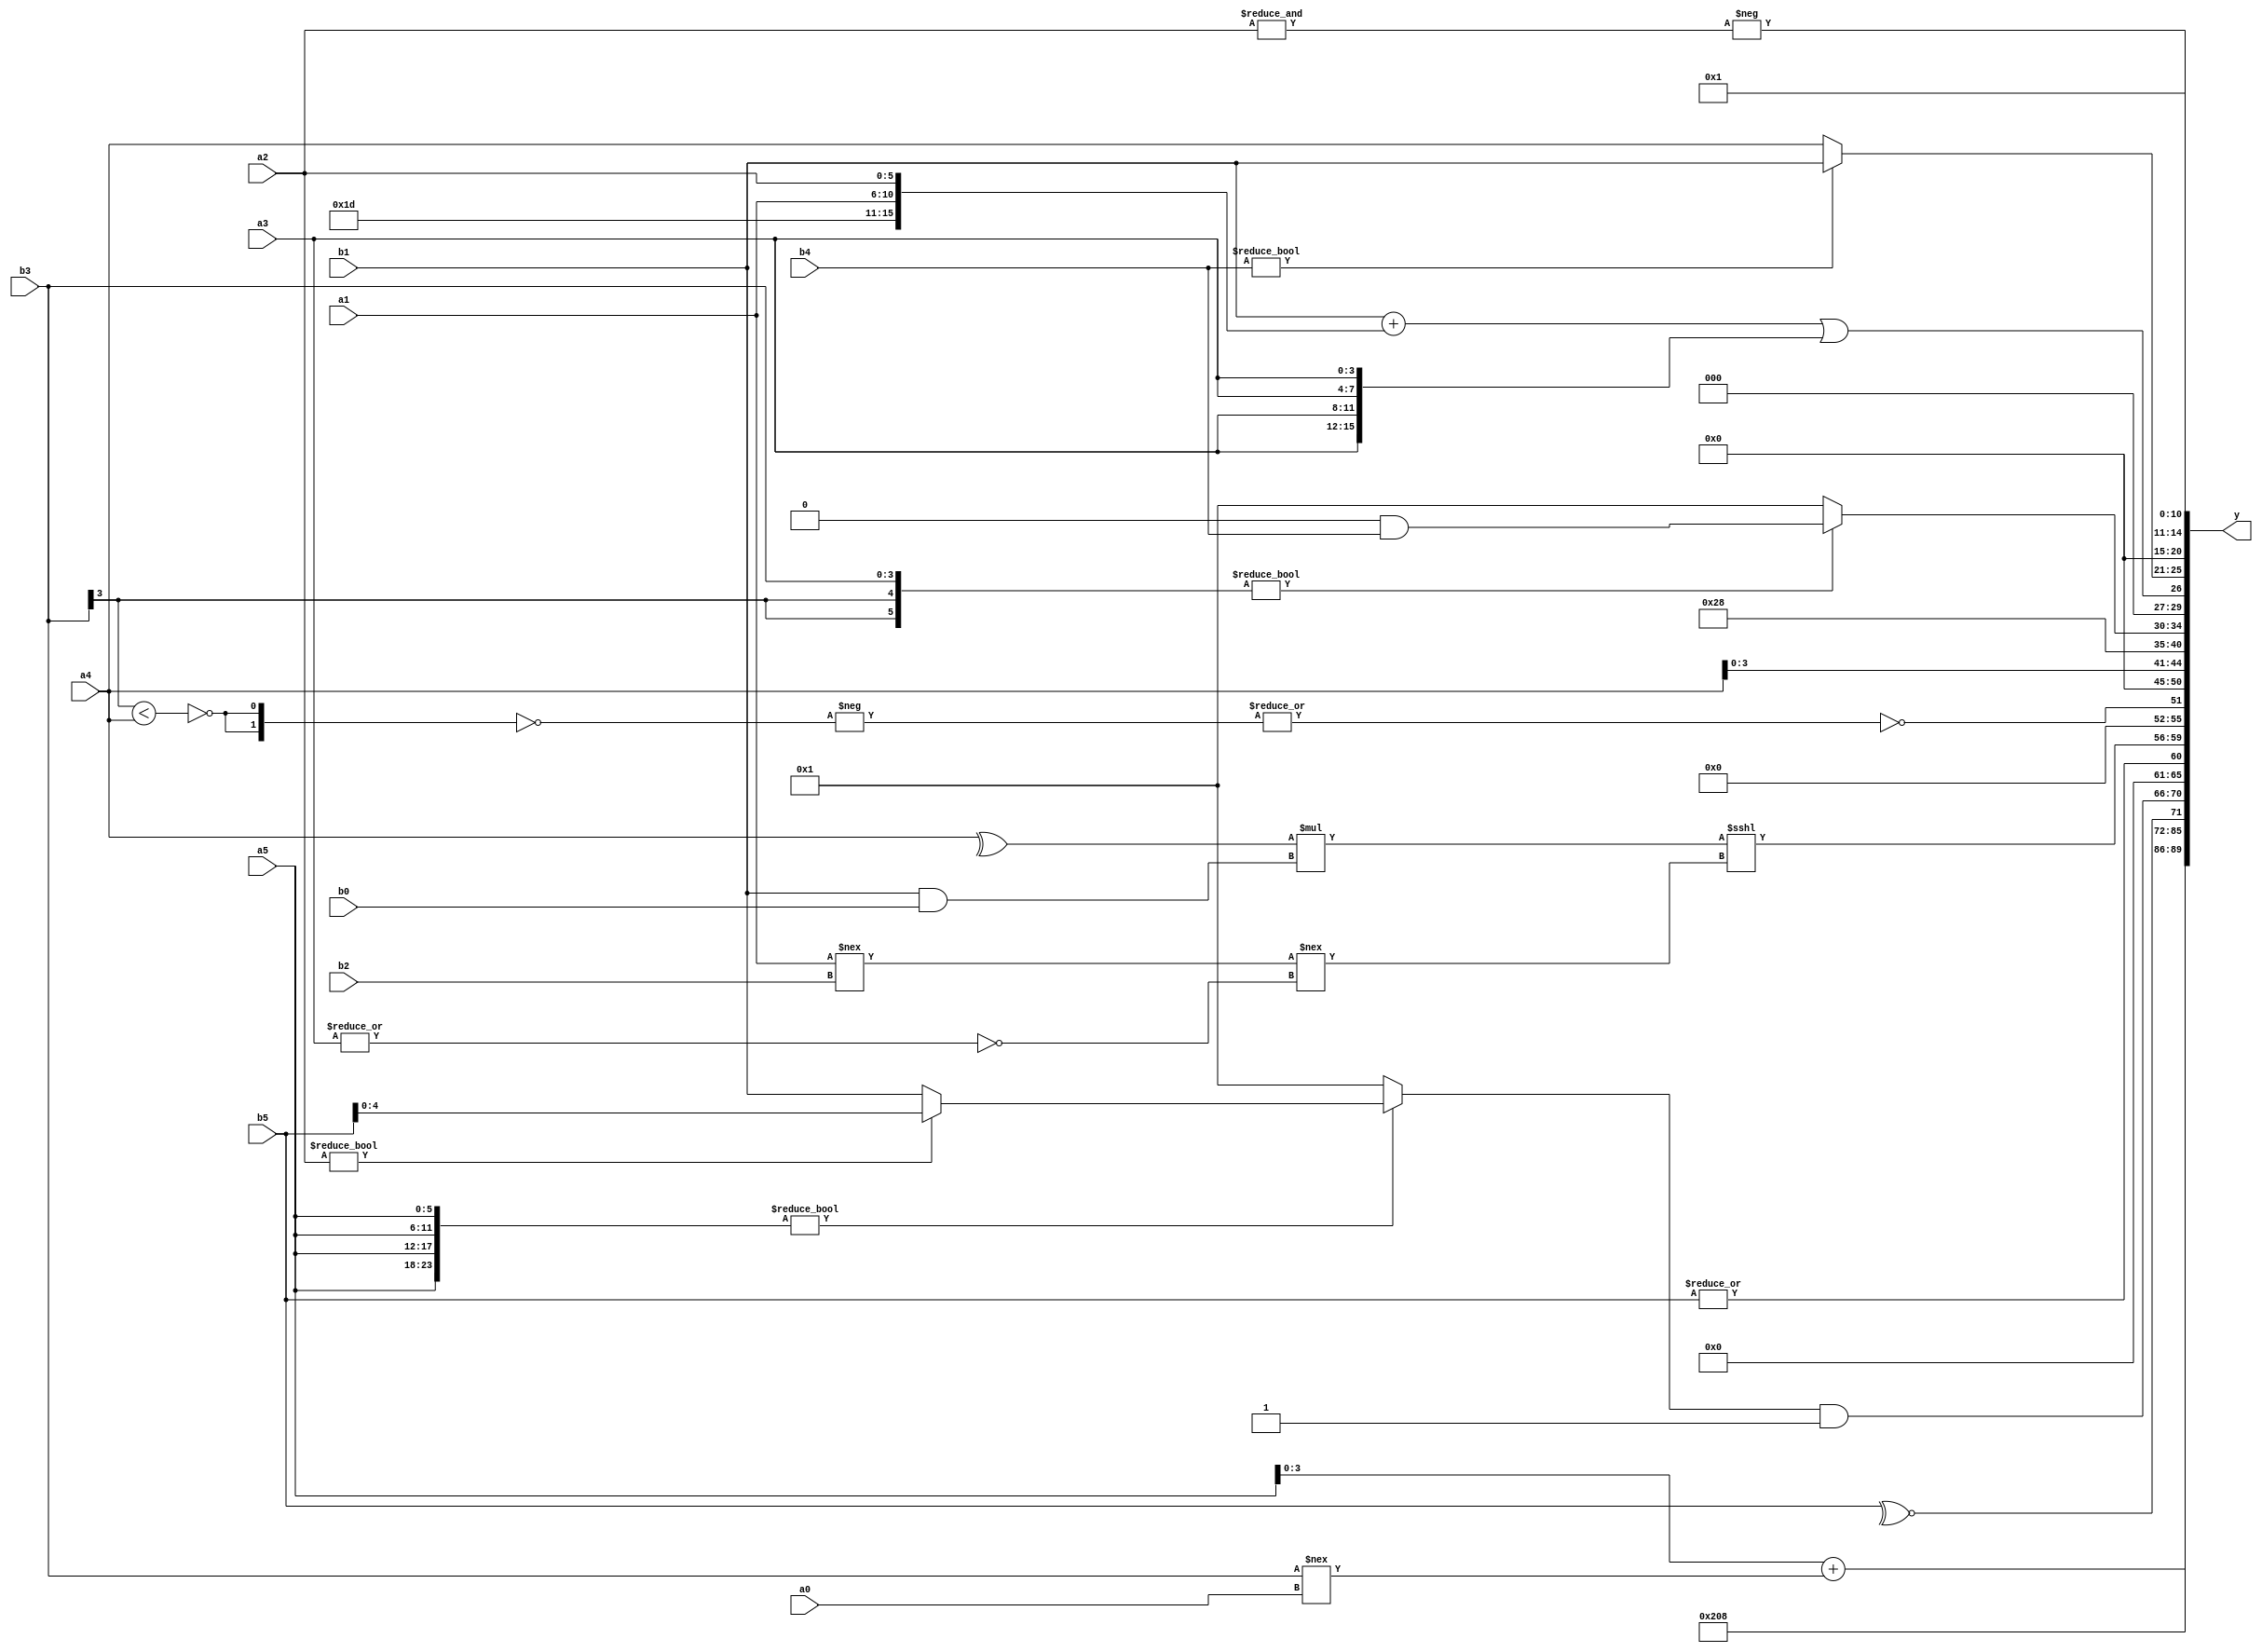
module expression_00815(a0, a1, a2, a3, a4, a5, b0, b1, b2, b3, b4, b5, y);
  input [3:0] a0;
  input [4:0] a1;
  input [5:0] a2;
  input signed [3:0] a3;
  input signed [4:0] a4;
  input signed [5:0] a5;

  input [3:0] b0;
  input [4:0] b1;
  input [5:0] b2;
  input signed [3:0] b3;
  input signed [4:0] b4;
  input signed [5:0] b5;

  wire [3:0] y0;
  wire [4:0] y1;
  wire [5:0] y2;
  wire signed [3:0] y3;
  wire signed [4:0] y4;
  wire signed [5:0] y5;
  wire [3:0] y6;
  wire [4:0] y7;
  wire [5:0] y8;
  wire signed [3:0] y9;
  wire signed [4:0] y10;
  wire signed [5:0] y11;
  wire [3:0] y12;
  wire [4:0] y13;
  wire [5:0] y14;
  wire signed [3:0] y15;
  wire signed [4:0] y16;
  wire signed [5:0] y17;

  output [89:0] y;
  assign y = {y0,y1,y2,y3,y4,y5,y6,y7,y8,y9,y10,y11,y12,y13,y14,y15,y16,y17};

  localparam [3:0] p0 = ((-2'sd1)===(3'd5));
  localparam [4:0] p1 = (((4'd4)?(3'sd3):(2'd1))?((4'd2)<<(5'd9)):(4'sd5));
  localparam [5:0] p2 = {{((2'sd1)?(2'sd1):(5'sd8))}};
  localparam signed [3:0] p3 = ({{1{{3{(5'sd8)}}}}}>({4{(4'd13)}}!=(~|(4'd2))));
  localparam signed [4:0] p4 = {1{{3{(-3'sd2)}}}};
  localparam signed [5:0] p5 = ({{(-4'sd4),(3'd3),(5'd23)}}?{(-5'sd12),(4'sd7)}:(~(~(5'd19))));
  localparam [3:0] p6 = ((5'sd13)===(4'd3));
  localparam [4:0] p7 = (({1{(5'd11)}}>>((-2'sd0)!==(-4'sd1)))>>(((-2'sd0)<<<(2'd1))^~{3{(3'd6)}}));
  localparam [5:0] p8 = (((5'sd7)|(-5'sd5))!=((5'sd8)||(4'd2)));
  localparam signed [3:0] p9 = (((3'd5)<(5'd30))?(!(5'sd2)):(2'd2));
  localparam signed [4:0] p10 = ((5'sd8)?(-3'sd3):(5'sd11));
  localparam signed [5:0] p11 = ((!(2'd1))>={(3'd7),(-4'sd3)});
  localparam [3:0] p12 = (((3'sd0)-(5'sd11))&&((2'd1)^~(3'd0)));
  localparam [4:0] p13 = ((((-4'sd0)?(-5'sd8):(5'd4))?((-2'sd1)!=(3'd2)):((3'sd1)?(3'd2):(4'd10)))?(((2'sd0)-(5'sd2))|((4'd4)-(2'd0))):(5'd0));
  localparam [5:0] p14 = (-(-(^(((2'sd1)>=(-3'sd1))/(3'd6)))));
  localparam signed [3:0] p15 = (|(((-4'sd1)>>>(4'd11))&(-4'sd5)));
  localparam signed [4:0] p16 = (({1{(3'd6)}}|((2'd3)?(2'd0):(4'd12)))?((-5'sd10)?(-5'sd13):(4'sd4)):{3{(3'd4)}});
  localparam signed [5:0] p17 = (((2'd0)<<<{3{(5'd2)}})>>>({2{(4'd7)}}!={4{(4'd10)}}));

  assign y0 = {((+(b4|a1))||{1{(-b3)}}),({1{(a3+b3)}}<<<(b3>>>a3)),({a4,a5}+(b3!==a0))};
  assign y1 = (3'd1);
  assign y2 = (^(~^{((~(p0?a3:p5))?{(-4'sd6)}:{(~&p13),(4'd2)})}));
  assign y3 = (!((~^b5)^~(p11&&p2)));
  assign y4 = (({1{{4{a5}}}}?(+(a2?b5:b1)):{b4,p2})&(|{1{{{b1,p2,a0},((b5?p9:a3)>=(^b4))}}}));
  assign y5 = (|b5);
  assign y6 = (((^a4)*(b1&&b0))<<<((a1!==b2)!==(~|a3)));
  assign y7 = ((~|(-(~{2{(~(-{1{((b3>>>p16)<(a4<<<p0))}}))}}))));
  assign y8 = (^{3{(((p6))>>>(p8^~p11))}});
  assign y9 = ({2{{a4,b5,a4}}});
  assign y10 = (5'd20);
  assign y11 = $unsigned(((p1?p17:b3)?(p14&b4):(p15?p2:p3)));
  assign y12 = (({b1}+{p10,a1,a2})||{4{a3}});
  assign y13 = {3{(b4?b1:a4)}};
  assign y14 = (|(&{({p5,b5}>>(5'd31)),((~&p2)?(p5<=b3):(p17>>>b5))}));
  assign y15 = ((-(&{{4{a2}}})));
  assign y16 = ((((~p2)!=(b5!==b5))<<(p12?p5:p7))<<((~&(!p17))?(p6?p10:p2):(p11?p0:p13)));
  assign y17 = (&(|(4'd2)));
endmodule